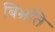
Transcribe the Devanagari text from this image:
बिभ्रति